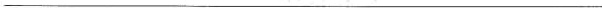
___